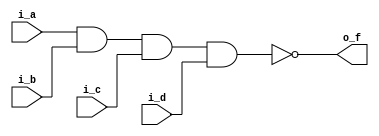
// -- python C:\Users\Brandon\Documents\Personal_Projects\my_utils\modelsim_utils\auto_run.py -d run_cmd__NAND4_gate_v.do

////////////////////////////////
// Equation Model
////////////////////////////////
module NAND4_gate_v
  (input i_a, i_b, i_c, i_d,
   output o_f);
   
  assign o_f = ~(i_a & i_b & i_c & i_d);
  
endmodule


// ////////////////////////////////
// // Behavior Model
// ////////////////////////////////
// module NAND4_gate_v__behavior
  // (input i_a, i_b, i_c, i_d,
   // output o_f);
   
  // assign o_f = i_a & i_b & i_c & i_d ? 0 : 1;
  // // assign o_f = 0 ? i_a & i_b & i_c & i_d : 1;
  // // assign o_f = 0 ? i_a  : 1;
  
// endmodule



// ////////////////////////////////
// // Component Model - Self
// ////////////////////////////////
// module NAND4_gate_v__cmpnt_self
  // (input i_a, i_b, i_c, i_d,
  // output o_f);
   
  // wire fi1, fi2, fi3, fi4; // internal outputs
   
  // NAND2_gate_v nand1 (i_a, i_b, fi1);
  // NAND2_gate_v NAND2_gate (fi1, fi1, fi2); // NOT
  // NAND2_gate_v nand3 (i_c, i_d, fi3);
  // NAND2_gate_v NAND4_gate (fi3, fi3, fi4); // NOT
  // NAND2_gate_v nand5 (fi2, fi4, o_f);
    
// endmodule


// ////////////////////////////////
// // Component Model - Primative
// ////////////////////////////////
// module NAND4_gate_v__cmpnt_prim
  // (input i_a, i_b, i_c, i_d,
  // output o_f);
   
  // wire fi1, fi2, fi3; // internal outputs
   
  // AND2_gate_v and1 (i_a, i_b, fi1);
  // AND2_gate_v AND2_gate (i_c, i_d, fi2);
  // AND2_gate_v and3 (fi1, fi2, fi3);
  // NOT1_gate_v NOT1_gate (fi3, o_f);

    
// endmodule